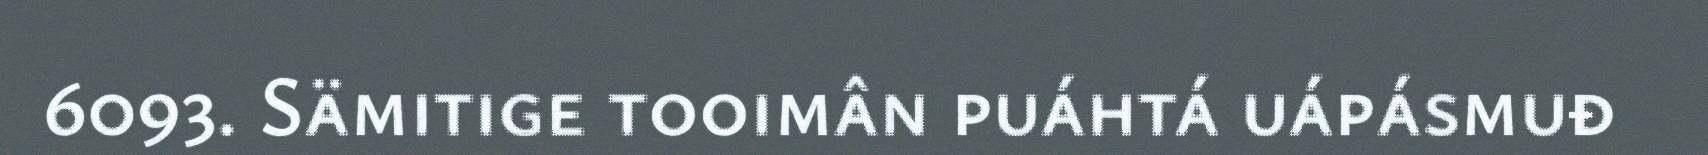
6093. Sämitige tooimân puáhtá uápásmuđ